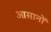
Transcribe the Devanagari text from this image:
आसानों